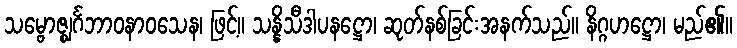
သမ္ဗောဇ္ဈင်္ဂဘာဝနာဝသေန၊ ဖြင့်။ သန္နိသီဒါပနဋ္ဌော၊ ဆုတ်နစ်ခြင်းအနက်သည်။ နိဂ္ဂဟဋ္ဌော၊ မည်၏။